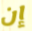
إن